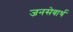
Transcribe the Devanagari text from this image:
जनसेवार्थ